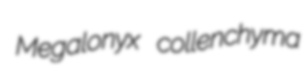
Megalonyx collenchyma